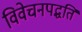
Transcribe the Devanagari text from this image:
विवेचनपद्धति